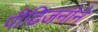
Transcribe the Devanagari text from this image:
पीढ़िजनोने